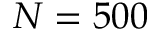
N = 5 0 0